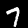
Digit: 7